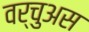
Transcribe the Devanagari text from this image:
वर्चुअस